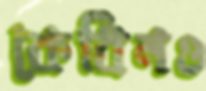
কেবিনও